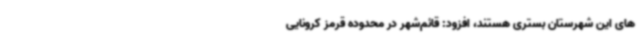
های این شهرستان بستری هستند، افزود: قائم‌شهر در محدوده قرمز کرونایی